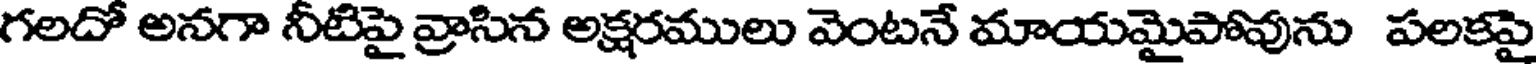
గలదో అనగా నీటిపై వ్రాసిన అక్షరములు వెంటనే మాయమైపోవును పలకపై